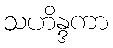
သဟိန္ဒကာ